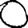
Digit: 0